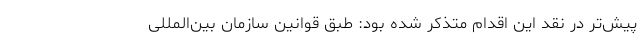
پیش‌تر در نقد این اقدام متذکر شده بود: طبق قوانین سازمان بین‌المللی